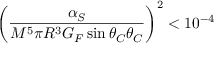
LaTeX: \left( { \frac { \alpha _ { S } } { M ^ { 5 } \pi R ^ { 3 } G _ { F } \sin \theta _ { C } \theta _ { C } } } \right) ^ { 2 } < 1 0 ^ { - 4 }